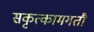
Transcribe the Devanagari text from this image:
सकृत्कामगतौ